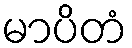
မာပိတံ